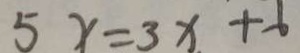
5 x = 3 x + 6